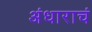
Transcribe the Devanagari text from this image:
अंधाराचं